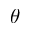
\theta